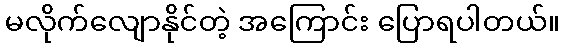
မလိုက်လျောနိုင်တဲ့ အကြောင်း ပြောရပါတယ်။